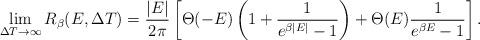
LaTeX: \begin{align*}\lim_{\Delta T\rightarrow \infty}R_{\beta}(E,\Delta T)=\frac{|E|}{2\pi}\left[\Theta(-E)\left(1+\frac{1}{e^{\beta |E|}-1}\right)+\Theta(E)\frac{1}{e^{\beta E}-1}\right]. \end{align*}